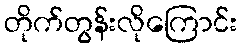
တိုက်တွန်းလိုကြောင်း